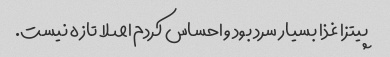
پیتزا غذا بسیار سرد بود و احساس کردم اصلا تازه نیست.